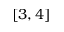
[ 3 , 4 ]